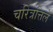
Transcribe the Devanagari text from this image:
चरित्रत्तिले